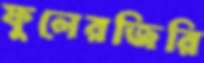
ফুলেরজিরি